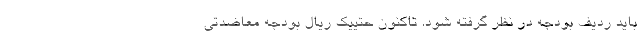
باید ردیف بودجه در نظر گرفته شود. تاکنون حتییک ریال بودجه معاضدتی